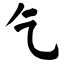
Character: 乞